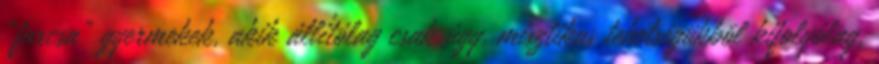
“furcsa” gyermekek, akik állítólag csak úgy, misztikus tehetségükbõl kifolyólag,